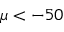
\mu < - 5 0